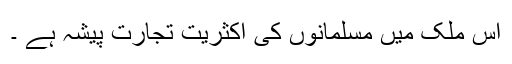
اس ملک میں مسلمانوں کی اکثریت تجارت پیشہ ہے ۔